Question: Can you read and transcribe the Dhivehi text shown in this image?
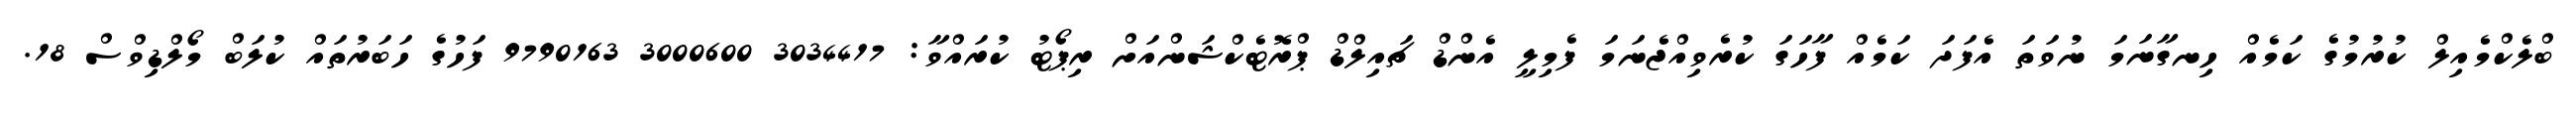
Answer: ބްލެކްމެއިލް ކުރުމުގެ ކަމެއް ހިނގާނަމަ ނުވަތަ އެފަދަ ކަމެއް ފާހަގަ ކުރެވިއްޖެނަމަ ފެމިލީ އެންޑް ޗައިލްޑް ޕްރޮޓެކްޝަންއަށް ރިޕޯޓު ކުރައްވާ: 3034417 3000600 9790163 ފަހުގެ ހަބަރުތައް ކުލަބް މޯލްޑިވްސް 18.